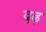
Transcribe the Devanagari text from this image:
दढ़